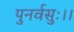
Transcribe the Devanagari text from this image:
पुनर्वसुः।।